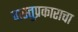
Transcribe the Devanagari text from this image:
वास्तुप्रकाराचा